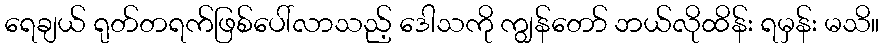
ရေချယ် ရုတ်တရက်ဖြစ်ပေါ်လာသည့် ဒေါသကို ကျွန်တော် ဘယ်လိုထိန်း ရမှန်း မသိ။